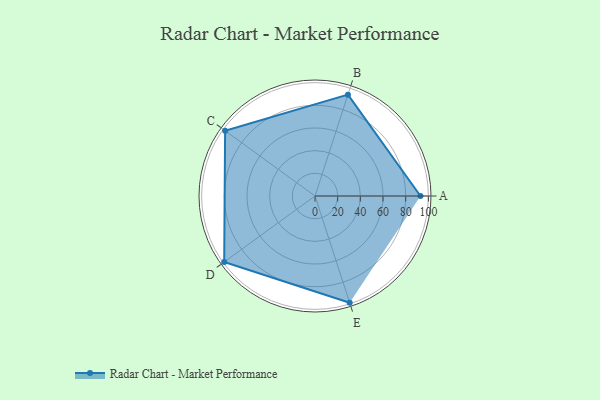
{"axis": {"x": "Skill", "y": "Score"}, "legend": ["Profile"], "data": [{"x": "A", "y": 93.0, "type": "Profile"}, {"x": "B", "y": 94.0, "type": "Profile"}, {"x": "C", "y": 98.0, "type": "Profile"}, {"x": "D", "y": 99, "type": "Profile"}, {"x": "E", "y": 99, "type": "Profile"}]}